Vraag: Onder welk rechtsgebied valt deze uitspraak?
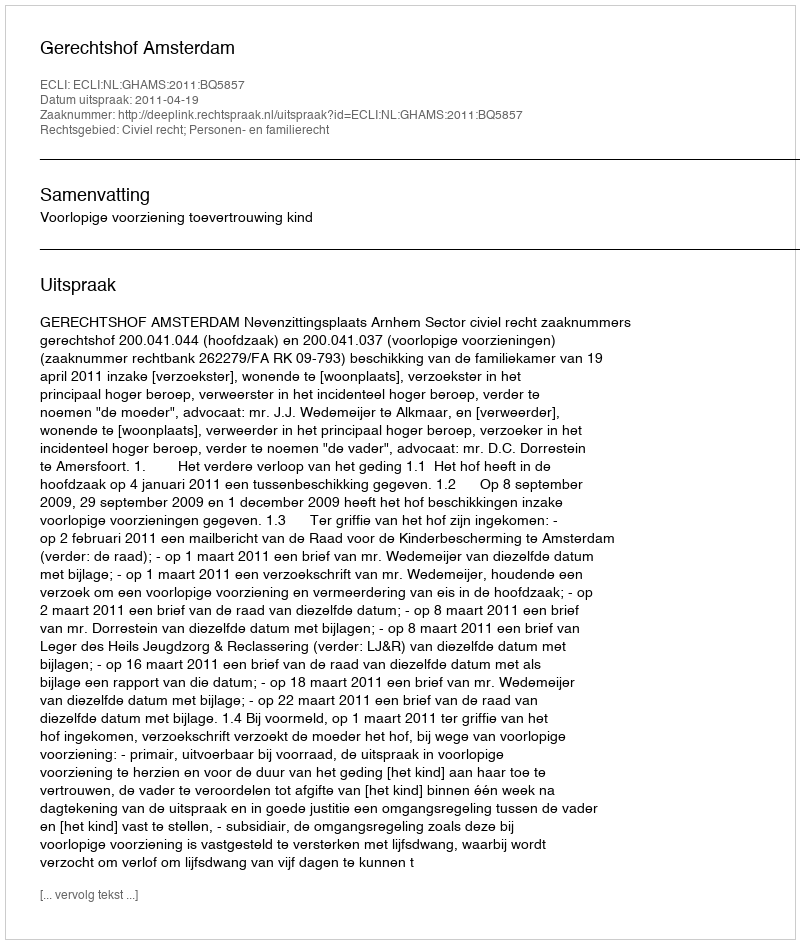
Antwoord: Civiel recht; Personen- en familierecht